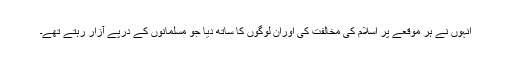
انہوں نے ہر موقعے پر اسلام کی مخالفت کی اوران لوگوں کا ساتھ دیا جو مسلمانوں کے درپے آزار رہتے تھے۔